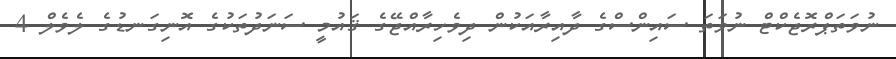
ނުވަތަޕްރޮޖެކްޓް ނުވަތަ ސައިންސްގެ ދާއިރާއަކުން ދިވެހިރާއްޖޭގެ ޤައުމީ ސަނަދުތަކުގެ އޮނިގަނޑުގެ ލެވެލް 4